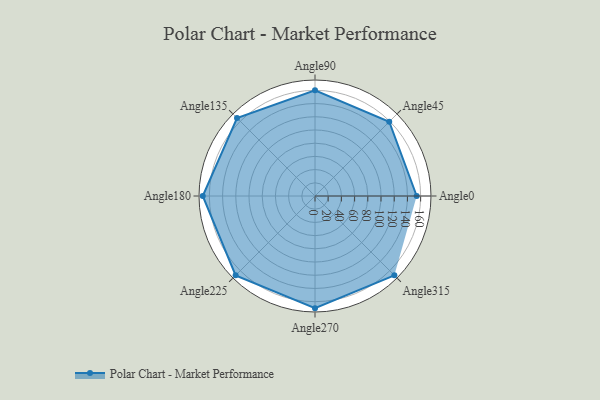
{"axis": {"x": "Angle", "y": "Radius"}, "legend": [""], "data": [{"x": "Angle0", "y": 154.0, "type": ""}, {"x": "Angle45", "y": 159.0, "type": ""}, {"x": "Angle90", "y": 160.0, "type": ""}, {"x": "Angle135", "y": 167.0, "type": ""}, {"x": "Angle180", "y": 170, "type": ""}, {"x": "Angle225", "y": 170, "type": ""}, {"x": "Angle270", "y": 170, "type": ""}, {"x": "Angle315", "y": 170, "type": ""}]}